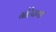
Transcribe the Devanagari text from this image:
गोरेपणा